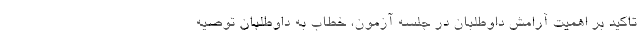
تاکید بر اهمیت آرامش داوطلبان در جلسه آزمون، خطاب به داوطلبان توصیه